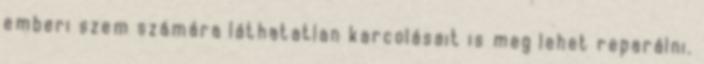
emberi szem számára láthatatlan karcolásait is meg lehet reparálni.